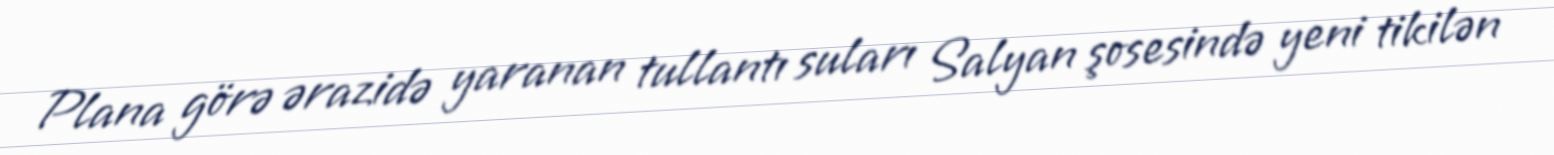
Plana görə ərazidə yaranan tullantı suları Salyan şosesində yeni tikilən